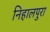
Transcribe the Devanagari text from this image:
निहालपुरा